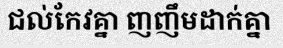
ជល់កែវគ្នា ញញឹមដាក់គ្នា